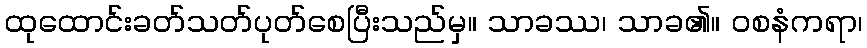
ထုထောင်းခတ်သတ်ပုတ်စေပြီးသည်မှ။ သာခဿ၊ သာခ၏။ ဝစနံကရာ၊